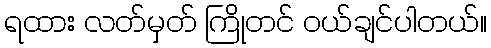
ရထား လတ်မှတ် ကြိုတင် ဝယ်ချင်ပါတယ်။